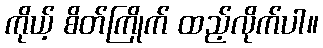
ကိုယ့် စိတ်ကြိုက် ထည့်လိုက်ပါ။